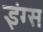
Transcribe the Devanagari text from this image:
इंग्स